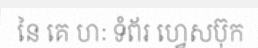
នៃ គេ ហៈ ទំព័រ ហ្វេសប៊ុក